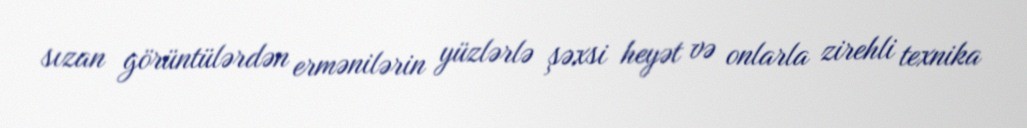
sızan görüntülərdən ermənilərin yüzlərlə şəxsi heyət və onlarla zirehli texnika